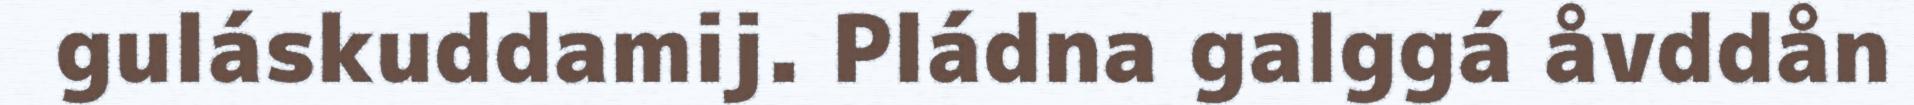
guláskuddamij. Pládna galggá åvddån